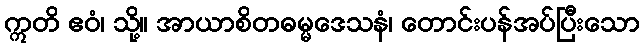
ဣတိ ဧဝံ၊ သို့။ အာယာစိတဓမ္မဒေသနံ၊ တောင်းပန်အပ်ပြီးသော